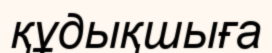
құдықшыға